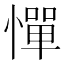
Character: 憚